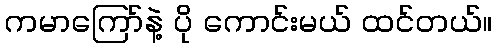
ကမာကြော်နဲ့ ပို ကောင်းမယ် ထင်တယ်။